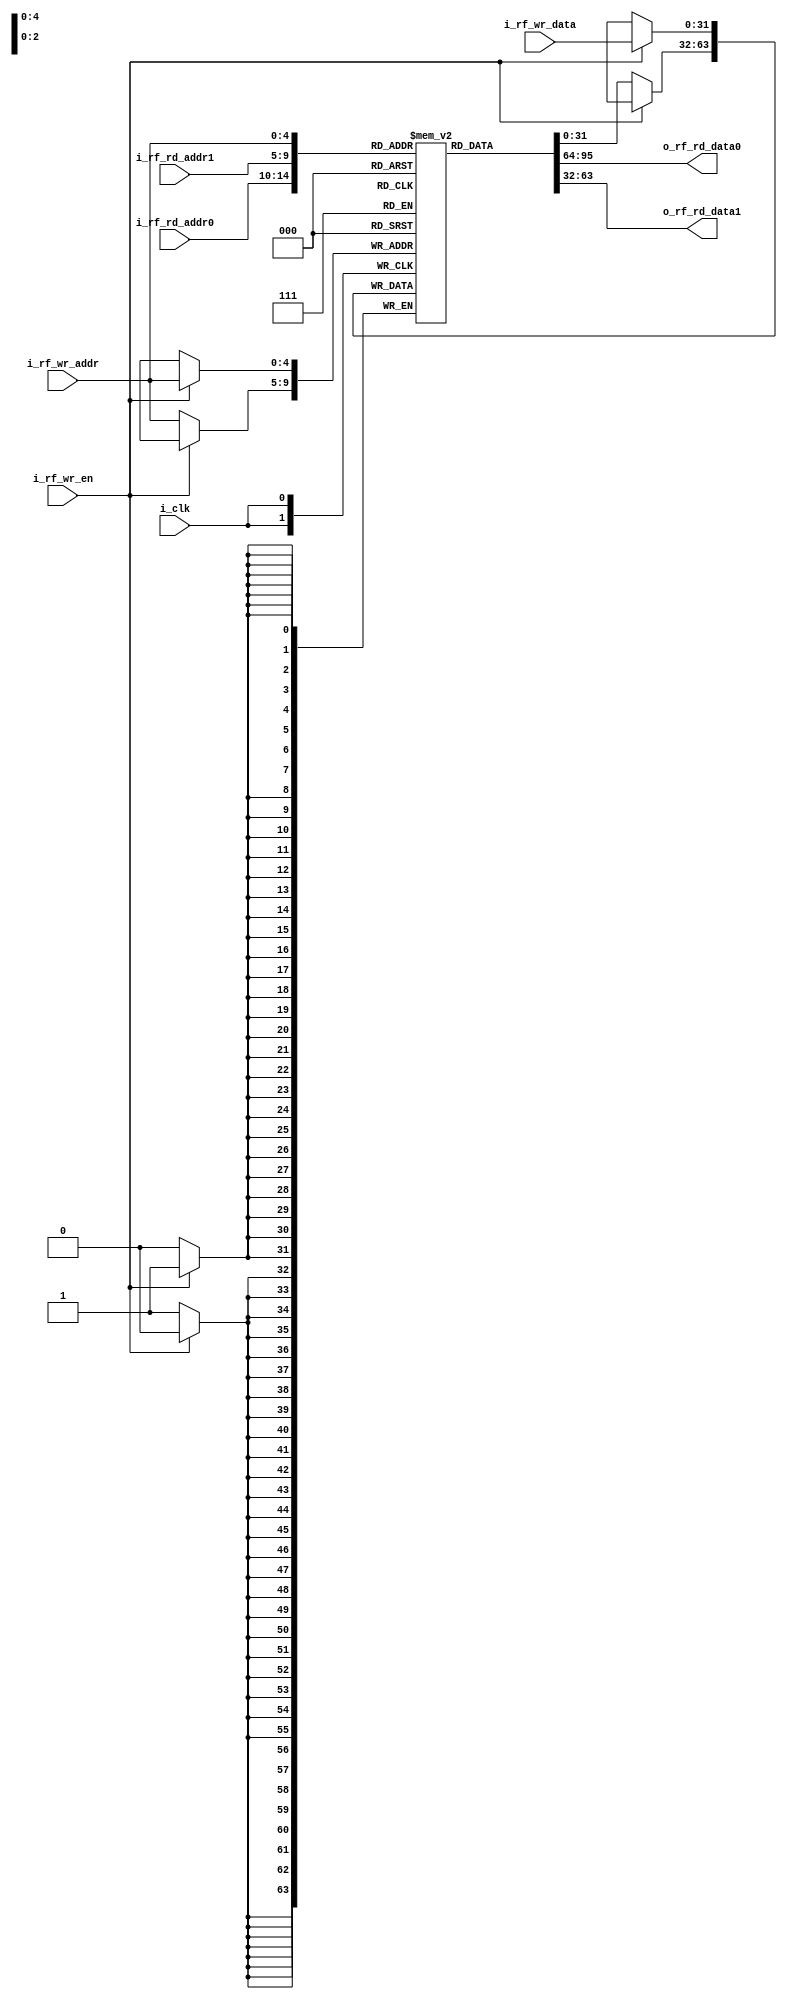
module regfile
#(
	parameter MIF_FILE	= "regfile.mif",
	parameter BW_DATA 	= 32,
	parameter BW_ADDR	= 5
)
(
	output [BW_DATA-1:0] o_rf_rd_data0,
	output [BW_DATA-1:0] o_rf_rd_data1,
	input  [BW_ADDR-1:0] i_rf_rd_addr0,
	input  [BW_ADDR-1:0] i_rf_rd_addr1,
	input  [BW_DATA-1:0] i_rf_wr_data,
	input  [BW_ADDR-1:0] i_rf_wr_addr,
	input				 i_rf_wr_en,
	input				 i_clk
);

	reg		[BW_DATA-1:0]	rf_arr[0:2**BW_ADDR-1];

	`ifdef  MIF_FILE
		initial begin 
			$readmemh(MIF_FILE, rf_arr);
			// $readmemb(MIF_FILE, rf_arr);
		end
	`endif


	assign	o_rf_rd_data0 	= rf_arr[i_rf_rd_addr0];
	assign  o_rf_rd_data1	= rf_arr[i_rf_rd_addr1];

	always @(posedge i_clk) begin
		if(i_rf_wr_en) begin
			rf_arr[i_rf_wr_addr] <= i_rf_wr_data;
		end else begin 
			rf_arr[i_rf_wr_addr] <= rf_arr[i_rf_wr_addr];
		end
	end

endmodule